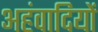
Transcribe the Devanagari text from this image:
अहंवादियों